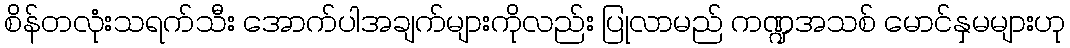
စိန်တလုံးသရက်သီး အောက်ပါအချက်များကိုလည်း ပြုလာမည် ကဏ္ဍအသစ် မောင်နှမများဟု